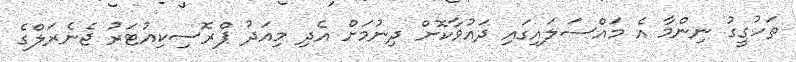
ތަހުގީގު ނިންމާ އެ މައްސަލައިގައި ދައުވާކޮށް ދިނުމަށް އެދި މިއަދު ޕްރޮސިކިއުޓަރު ޖެނެރަލްގެ